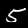
Label: 5